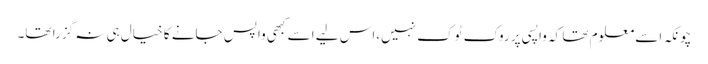
چونکہ اسے معلوم تھا کہ واپسی پر روک ٹوک نہیں،اس لیے اسے کبھی واپس جانے کا خیال ہی نہ گزرا تھا۔